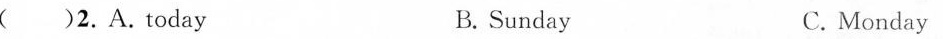
()2.A.today B.Sunday C.Monday